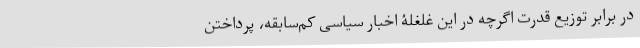
در برابر توزیع قدرت اگرچه در این غلغلۀ اخبار سیاسی کم‌سابقه، پرداختن